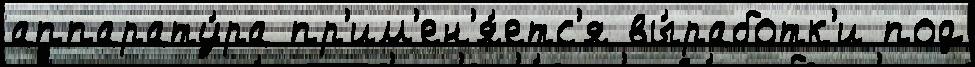
аппарату́ра пр'им'ен'я́етс'я вы́работк'и под